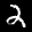
Label: 2